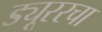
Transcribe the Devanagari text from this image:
ड्यूररचा